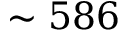
\sim 5 8 6